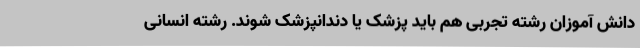
دانش آموزان رشته تجربی هم باید پزشک یا دندانپزشک شوند. رشته انسانی